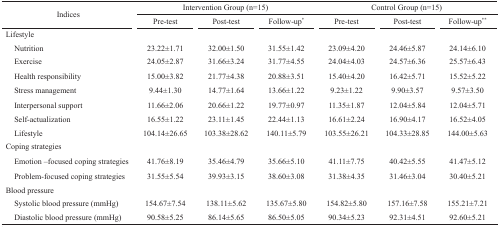
<table><thead><tr><td rowspan="2"><b>Indices</b></td><td colspan="3"><b>Intervention Group (n=15)</b></td><td colspan="3"><b>Control Group (n=15)</b></td></tr><tr><td><b>Pre-test</b></td><td><b>Post-test</b></td><td><b>Follow-up*</b></td><td><b>Pre-test</b></td><td><b>Post-test</b></td><td><b>Follow-up**</b></td></tr></thead><tbody><tr><td>Lifestyle</td><td></td><td></td><td></td><td></td><td></td><td></td></tr><tr><td>Nutrition</td><td>23.22±1.71</td><td>32.00±1.50</td><td>31.55±1.42</td><td>23.09±4.20</td><td>24.46±5.87</td><td>24.14±6.10</td></tr><tr><td>Exercise</td><td>24.05±2.87</td><td>31.66±3.24</td><td>31.77±4.55</td><td>24.04±4.03</td><td>24.57±6.36</td><td>25.57±6.43</td></tr><tr><td>Health responsibility</td><td>15.00±3.82</td><td>21.77±4.38</td><td>20.88±3.51</td><td>15.40±4.20</td><td>16.42±5.71</td><td>15.52±5.22</td></tr><tr><td>Stress management</td><td>9.44±1.30</td><td>14.77±1.64</td><td>13.66±1.22</td><td>9.23±1.22</td><td>9.90±3.57</td><td>9.57±3.50</td></tr><tr><td>Interpersonal support</td><td>11.66±2.06</td><td>20.66±1.22</td><td>19.77±0.97</td><td>11.35±1.87</td><td>12.04±5.84</td><td>12.04±5.71</td></tr><tr><td>Self-actualization</td><td>16.55±1.22</td><td>23.11±1.45</td><td>22.44±1.13</td><td>16.61±2.24</td><td>16.90±4.17</td><td>16.52±4.05</td></tr><tr><td>Lifestyle</td><td>104.14±26.65</td><td>103.38±28.62</td><td>140.11±5.79</td><td>103.55±26.21</td><td>104.33±28.85</td><td>144.00±5.63</td></tr><tr><td>Coping strategies</td><td></td><td></td><td></td><td></td><td></td><td></td></tr><tr><td>Emotion –focused coping strategies</td><td>41.76±8.19</td><td>35.46±4.79</td><td>35.66±5.10</td><td>41.11±7.75</td><td>40.42±5.55</td><td>41.47±5.12</td></tr><tr><td>Problem-focused coping strategies</td><td>31.55±5.54</td><td>39.93±3.15</td><td>38.60±3.08</td><td>31.38±4.35</td><td>31.46±3.04</td><td>30.40±5.21</td></tr><tr><td>Blood pressure</td><td></td><td></td><td></td><td></td><td></td><td></td></tr><tr><td>Systolic blood pressure (mmHg)</td><td>154.67±7.54</td><td>138.11±5.62</td><td>135.67±5.80</td><td>154.82±5.80</td><td>157.16±7.58</td><td>155.21±7.21</td></tr><tr><td>Diastolic blood pressure (mmHg)</td><td>90.58±5.25</td><td>86.14±5.65</td><td>86.50±5.05</td><td>90.34±5.23</td><td>92.31±4.51</td><td>92.60±5.21</td></tr></tbody></table>